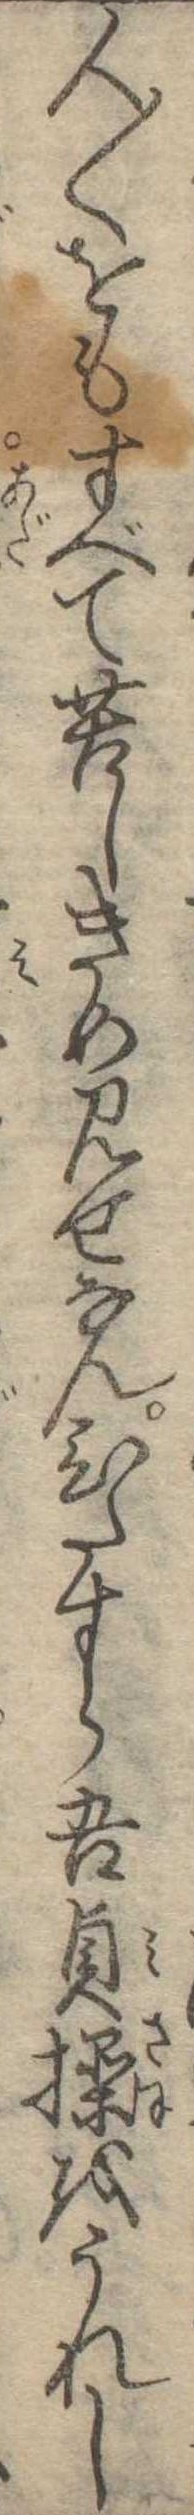
人〱をもすべて苦しきめ見せなんひたすら吾貞操をうれし